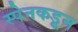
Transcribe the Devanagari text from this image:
स्पेनकडून